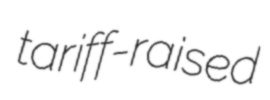
tariff-raised